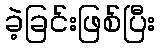
ခဲ့ခြင်းဖြစ်ပြီး